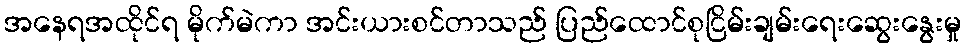
အနေရအထိုင်ရ မိုက်မဲကာ အင်းယားစင်တာသည် ပြည်ထောင်စုငြိမ်းချမ်းရေးဆွေးနွေးမှု